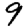
Digit: 9